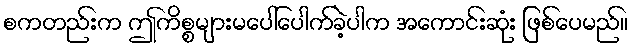
စကတည်းက ဤကိစ္စများမပေါ်ပေါက်ခဲ့ပါက အကောင်းဆုံး ဖြစ်ပေမည်။